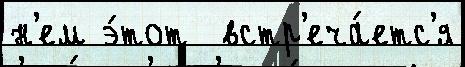
н'ем э́тот  встр'еча́етс'я